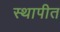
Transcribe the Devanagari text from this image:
स्‍थापीत